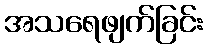
အသရေဖျက်ခြင်း